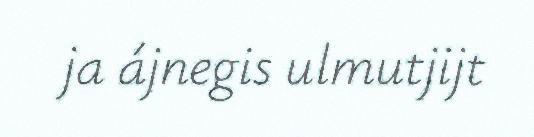
ja ájnegis ulmutjijt